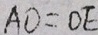
A O = O E